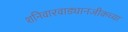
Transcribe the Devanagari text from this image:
शनिवारवाड्यानजीकच्या